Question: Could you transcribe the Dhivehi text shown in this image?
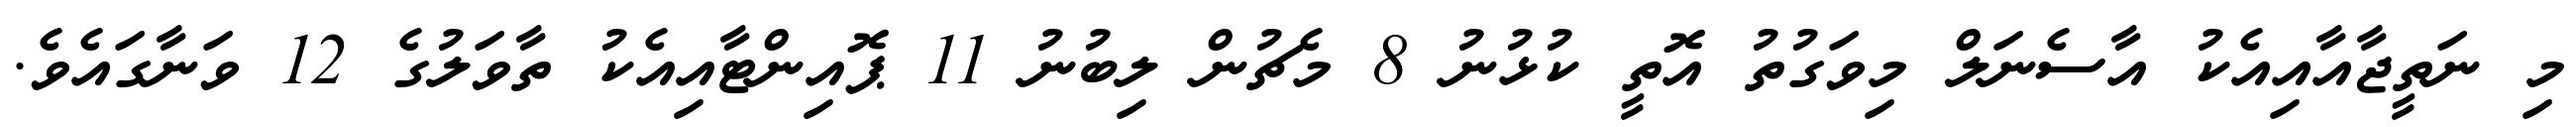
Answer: މި ނަތީޖާއާއިއެކު އާސެނަލް މިވަގުތު އޮތީ ކުޅުނު 8 މެޗުން ލިބުނު 11 ޕޮއިންޓާއިއެކު ތާވަލުގެ 12 ވަނާގައެވެ.